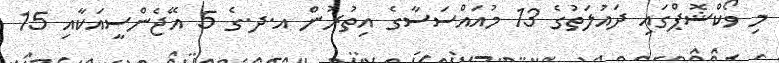
މި ވޯކްޝޮޕްގައި ދައުލަތުގެ 13 މުއައްސަސާގެ އިތުރުން އ.ދ.ގެ 5 އޭޖެންސީއަކާއި 15